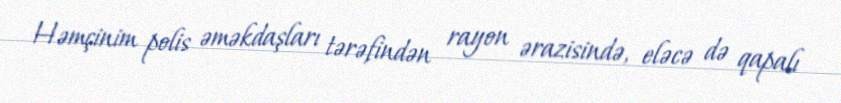
Həmçinim polis əməkdaşları tərəfindən rayon ərazisində, eləcə də qapalı